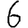
Digit: 6